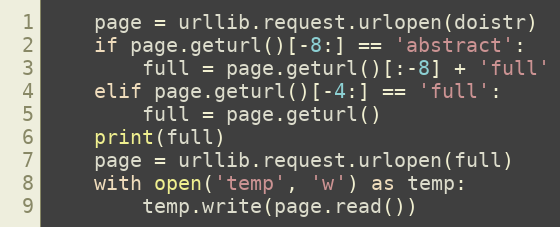
Language: Python
    page = urllib.request.urlopen(doistr)
    if page.geturl()[-8:] == 'abstract':
        full = page.geturl()[:-8] + 'full'
    elif page.geturl()[-4:] == 'full':
        full = page.geturl()
    print(full)
    page = urllib.request.urlopen(full)
    with open('temp', 'w') as temp:
        temp.write(page.read())